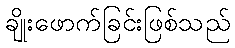
ချိုးဖောက်ခြင်းဖြစ်သည်